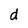
Character: d